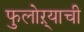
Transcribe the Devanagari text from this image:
फुलोऱ्याची